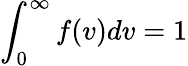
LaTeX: \int_{0}^{\infty}f(v)dv=1